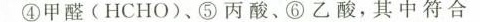
④甲醛(HCHO)、⑤丙酸、⑥乙酸，其中符合